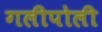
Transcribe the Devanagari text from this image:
गलीपोली